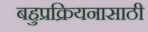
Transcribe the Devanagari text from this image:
बहुप्रक्रियनासाठी